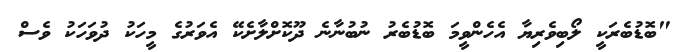
"ބޮޑުބެރަކީ ލޯބިވެރިޔާ އެހެންވީމަ ބޮޑުބެރު ނުބުނާނެ ދޫކޮށްލާށެކޭ އެވަރުގެ މީހަކު ދުވަހަކު ވެސް